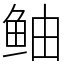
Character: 鲉